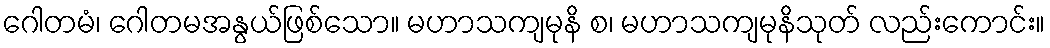
ဂေါတမံ၊ ဂေါတမအနွယ်ဖြစ်သော။ မဟာသကျမုနိ စ၊ မဟာသကျမုနိသုတ် လည်းကောင်း။